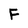
Character: F